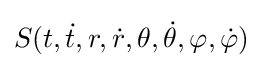
S(t,{\dot {t}},r,{\dot {r}},\theta ,{\dot {\theta }},\varphi ,{\dot {\varphi }})